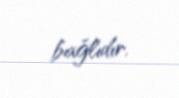
bağlıdır.